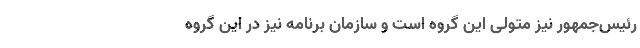
رئیس‌جمهور نیز متولی این گروه است و سازمان برنامه نیز در این گروه